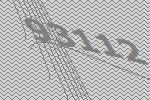
93112